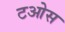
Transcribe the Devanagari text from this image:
टओस